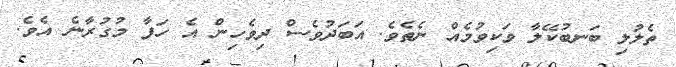
ތެލުލި ބަނބުކޭލާ ވަކިވުމެއް ނެތެވެ. އަބަދުވެސް ދިވެހިން އެ ހަފާ މުގުރާނެ އެވެ.